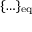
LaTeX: \{ \ldots \} _ { \mathrm { e q } }